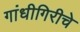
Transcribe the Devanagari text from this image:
गांधीगिरीचे